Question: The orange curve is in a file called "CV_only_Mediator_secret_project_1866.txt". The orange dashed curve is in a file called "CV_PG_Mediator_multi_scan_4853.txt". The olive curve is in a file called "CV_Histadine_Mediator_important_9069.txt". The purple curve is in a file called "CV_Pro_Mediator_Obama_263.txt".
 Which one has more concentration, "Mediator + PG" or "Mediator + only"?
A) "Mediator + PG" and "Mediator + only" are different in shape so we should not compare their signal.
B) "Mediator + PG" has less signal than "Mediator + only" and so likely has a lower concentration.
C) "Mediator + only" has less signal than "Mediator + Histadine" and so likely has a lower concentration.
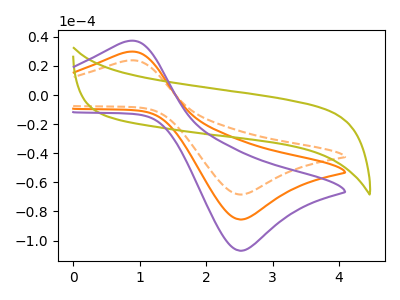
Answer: <think>The orange curve "Mediator + only" has an anodic peak at (0.80V, 29.60uA) and a cathodic peak at (2.50V, -85.55uA). The orange dashed curve "Mediator + PG" has an anodic peak at (0.80V, 23.65uA) and a cathodic peak at (2.50V, -68.40uA). The olive curve "Mediator + Histadine" has no peaks. The purple curve "Mediator + Pro" has an anodic peak at (0.80V, 59.20uA) and a cathodic peak at (2.50V, -171.10uA).
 All the peaks in "Mediator + PG" have a peak in "Mediator + only" at the same potential. Every peak in "Mediator + PG" is lower than every peak in "Mediator + only".</think>
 <answer>B) "Mediator + PG" has less signal than "Mediator + only" and so likely has a lower concentration.</answer>
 <eval>B</eval>